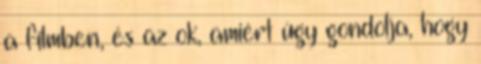
a filmben, és az ok, amiért úgy gondolja, hogy